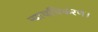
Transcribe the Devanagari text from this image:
न्यायधिकरण।